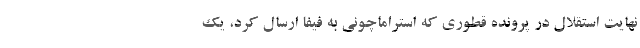
نهایت استقلال در پرونده قطوری که استراماچونی به فیفا ارسال کرد، یک